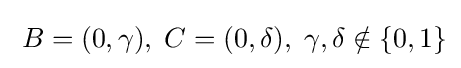
\;B=(0,\gamma ),\;C=(0,\delta ),\;\gamma ,\delta \notin \{0,1\}